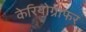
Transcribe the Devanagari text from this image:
केरियोग्राफर